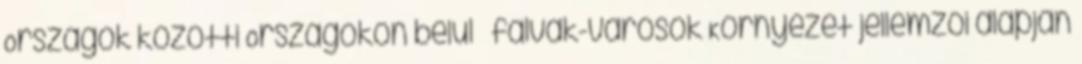
Országok közötti Országokon belül – falvak-városok Környezet jellemzői alapján